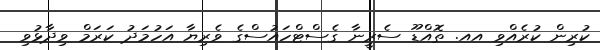
ކުރިން ކުރެއްވި އއ. ތޮއްޑޫ ސެރީނާ ގެސްޓްހައުސްގެ ވެރިޔާ އަހުމަދު ކަރަމް ވިދާޅުވި